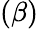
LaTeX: (\beta)